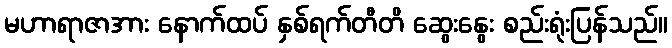
မဟာရာဇာအား နောက်ထပ် နှစ်ရက်တီတိ ဆွေးနွေး စည်းရုံးပြန်သည်။